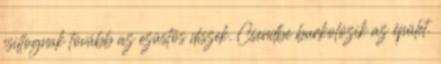
csillognak tovább az ezüstös díszek. Csendbe burkolózik az épület.